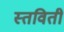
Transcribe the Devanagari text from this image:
स्तविती